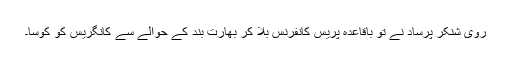
روی شنکر پرساد نے تو باقاعدہ پریس کانفرنس بلا کر بھارت بند کے حوالے سے کانگریس کو کوسا۔